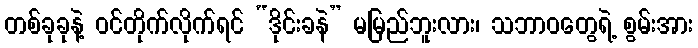
တစ်ခုခုနဲ့ ဝင်တိုက်လိုက်ရင် “ဒိုင်းခနဲ” မမြည်ဘူးလား၊ သဘာဝတွေရဲ့ စွမ်းအား